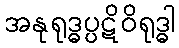
အနုရုဒ္ဓပ္ပဋိဝိရုဒ္ဓါ